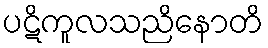
ပဋိကူလသညိနောတိ